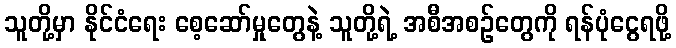
သူတို့မှာ နိုင်ငံရေး စေ့ဆော်မှုတွေနဲ့ သူတို့ရဲ့ အစီအစဉ်တွေကို ရန်ပုံငွေရဖို့